Indian journal of veterinary science and animal husbandry - Volumes 15-17, 1948-1951
Year: 1948
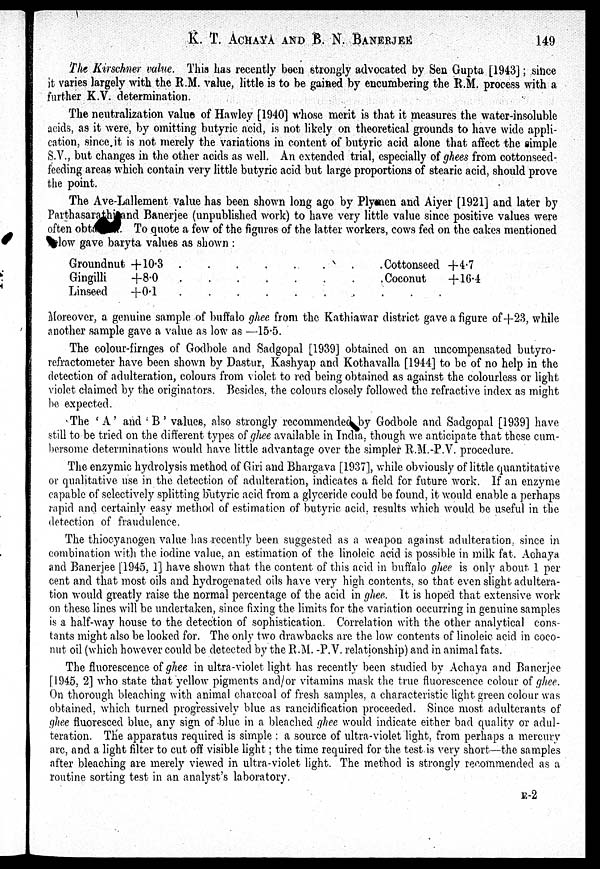
K. T. ACHAYA AND B. N.
BANERJEE
149
The Kirschner value. This has recently been strongly advocated by Sen Gupta [1943]; since
it varies largely with the R.M. value, little is to be gained by encumbering the R.M. process with a
further K.V. determination.
The neutralization value of Hawley [1940] whose merit is that it measures the water-insoluble
acids, as it were, by omitting butyric acid, is not likely on theoretical grounds to have wide appli-
cation, since it is not merely the variations in content of butyric acid alone that affect the simple
S.V., but changes in the other acids as well. An extended trial, especially of ghees from cottonseed-
feeding areas which contain very little butyric acid but large proportions of stearic acid, should prove
the point.
The Ave-Lallement value has been shown long ago by Plymen and Aiyer [1921] and later by
Parthasarathi and Banerjee (unpublished work) to have very little value since positive values were
often obta . To quote a few of the figures of the latter workers, cows fed on the cakes mentioned
low gave baryta values as shown :
Groundnut +10.3
Gingilli
+8.0
Linseed
+0.1
........
Cottonseed + 4.7
Coconut
+16.4
Moreover, a genuine sample of buffalo ghee from the Kathiawar district gave a figure of+23, while
another sample gave a value as low as —15.5.
The colour-firnges of Godbole and Sadgopal [1939] obtained on an uncompensated butyro-
refractometer have been shown by Dastur, Kashyap and Kothavalla [1944] to be of no help in the
detection of adulteration, colours from violet to red being obtained as against the colourless or light
violet claimed by the originators. Besides, the colours closely followed the refractive index as might
be expected.
The ' A' and ' B ' values, also strongly recommended by Godbole and Sadgopal [1939] have
still to be tried on the different types of ghee available in India. though we anticipate that these cum-
bersome determinations would have little advantage over the simpler R.M. P.V. procedure.
The enzymic hydrolysis method of Giri and Bhargava [1937], while obviously of little quantitative
or qualitative use in the detection of adulteration, indicates a field for future work. If an enzyme
capable of selectively splitting butyric acid from a glyceride could be found, it would enable a perhaps
rapid and certainly easy method of estimation of butyric acid, results which would be useful in the
detection of fraudulence.
The thiocyanogen value has recently been suggested as a weapon against adulteration, since in.
combination with the iodine value, an estimation of the linoleic acid is possible in milk fat. Achaya
and Banerjee [1945, 1] have shown that the content of this acid in buffalo ghee is only about 1 per-
cent and that most oils and hydrogenated oils have very high contents, so that even slight adultera-
tion would greatly raise the normal percentage of the acid in ghee. It is hoped that extensive work
on these lines will be undertaken, since fixing the limits for the variation occurring in genuine samples
is a half-way house to the detection of sophistication. Correlation with the other analytical cons-
tants might also be looked for. The only two drawbacks are the low contents of linoleic acid in coco-
nut oil (which however could be detected by the R.M. -P.V. relationship) and in animal fats.
The fluorescence of ghee in ultra-violet light has recently been studied by Achaya and Banerjee
[1945, 2] who state that yellow pigments and/or vitamins mask the true fluorescence colour of. ghee.
On thorough bleaching with animal charcoal of fresh samples, a characteristic light green colour was
obtained, which turned progressively blue as rancidification proceeded. Since most adulterants of
ghee fluoresced blue, any sign of blue in a bleached ghee would indicate either bad quality or adul-
teration. The apparatus required is simple : a source of ultra-violet light, from perhaps a mercury
are, and a light filter to cut off visible light; the time required for the test is very short—the samples
after bleaching are merely viewed in ultra-violet light. The method is strongly recommended as a
routine sorting test in an analyst's laboratory.
E-2